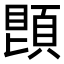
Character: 𩓓